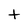
Character: t